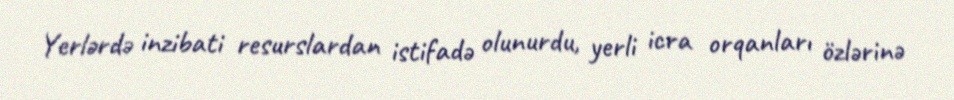
Yerlərdə inzibati resurslardan istifadə olunurdu, yerli icra orqanları özlərinə